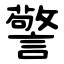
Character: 警